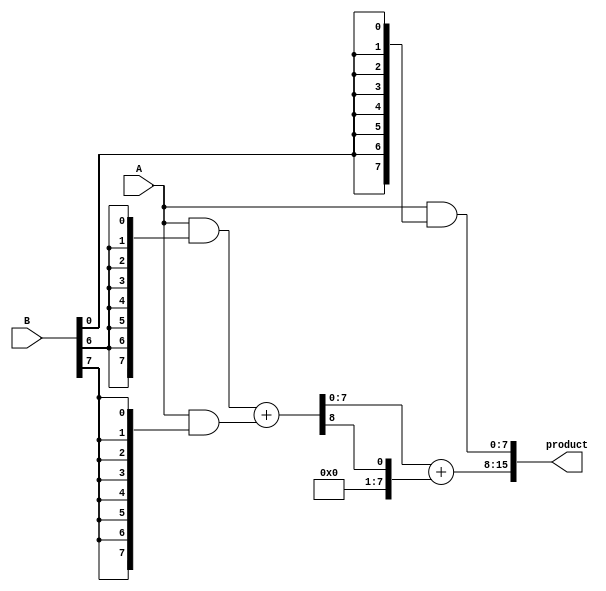
module AdaptiveWallaceTreeMultiplier #(parameter N = 8) (
    input [N-1:0] A,
    input [N-1:0] B,
    output reg [2*N-1:0] product
);

    // Partial Product Generation
    wire [N-1:0] pp [0:N-1]; // Partial products
    genvar i, j;
    generate
        for (i = 0; i < N; i = i + 1) begin : gen_partial_products
            assign pp[i] = A & {N{B[i]}};
        end
    endgenerate

    // Wallace Tree Reduction
    wire [N-1:0] sum [0:N-1];
    wire [N-1:0] carry [0:N-1];
    
    // Initial stage: First level of reduction using half adders and full adders
    generate
        for (i = 0; i < N-1; i = i + 1) begin : reduction_stage
            if (i < N-2) begin
                // Half Adder for the first two partial products
                assign {carry[i], sum[i]} = pp[i] + pp[i+1];
            end else begin
                // For the last stage, we will only sum the last two
                assign {carry[i], sum[i]} = pp[i] + pp[i+1];
            end
        end
    endgenerate

    // Final Addition
    wire [N:0] final_sum;
    wire final_carry;
    
    assign {final_carry, final_sum} = sum[N-2] + carry[N-2];

    // Construct the final product
    always @(*) begin
        product = {final_carry, final_sum, pp[0]};
    end

endmodule